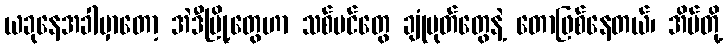
ယခုနေအခါမှာတော့ အဲဒီမြို့တွေဟာ သစ်ပင်တွေ ချုံပုတ်တွေနဲ့ တောဖြစ်နေတယ်၊ အိမ်တို့